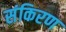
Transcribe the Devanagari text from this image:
संकिरण